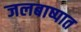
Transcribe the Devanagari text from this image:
जलबाष्पात